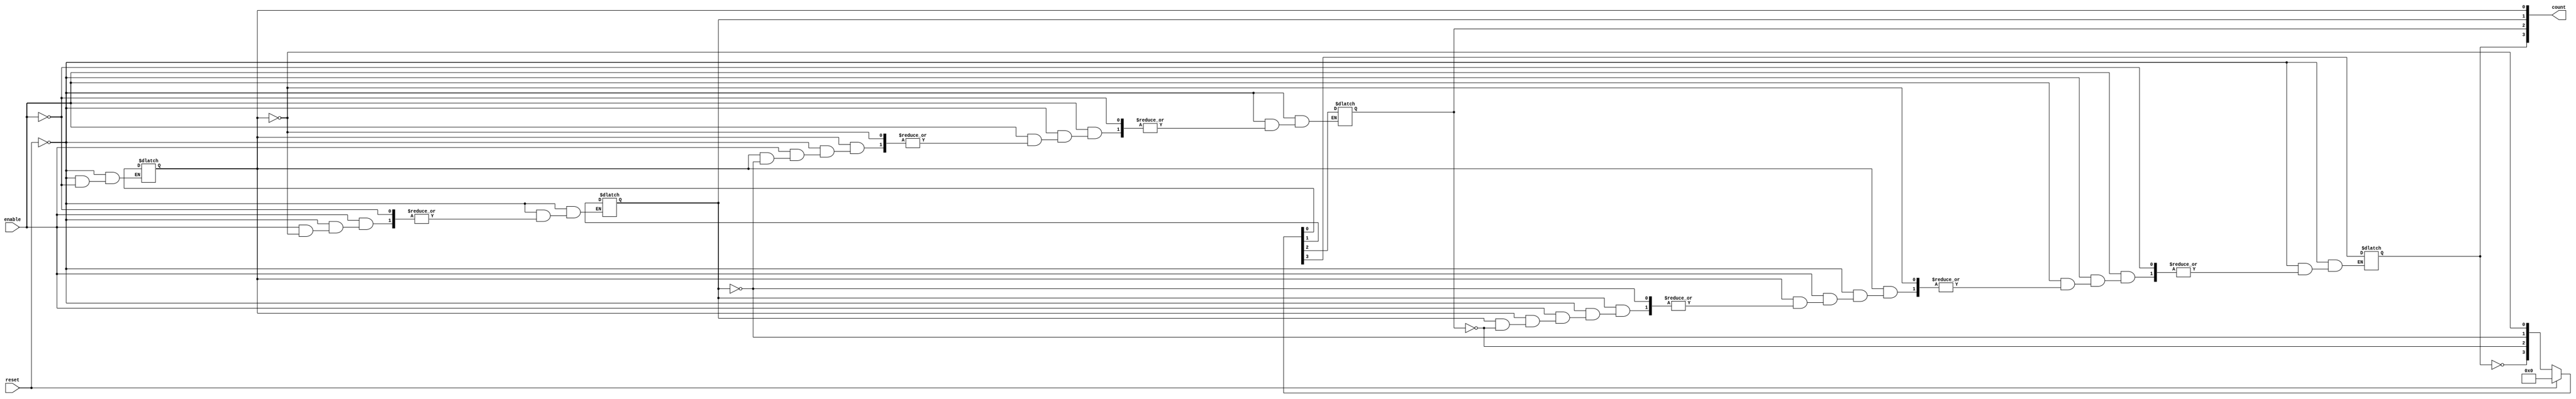
module dynamic_asynchronous_counter (
    input wire enable,       // Enable signal for counting
    input wire reset,        // Asynchronous reset signal
    output reg [3:0] count   // 4-bit counter output
);

// Asynchronous reset and counting logic
always @(*) begin
    if (reset) begin
        count = 4'b0000; // Reset count to 0
    end else if (enable) begin
        // Counter logic to increment the count
        count[0] = ~count[0]; // Toggle LSB on enable
        if (count[0] == 1'b0) begin
            count[1] = ~count[1]; // Toggle the next bit if LSB transitioned from high to low
            if (count[1] == 1'b0) begin
                count[2] = ~count[2]; // Continue toggling bits based on previous transitions
                if (count[2] == 1'b0) begin
                    count[3] = ~count[3]; // Toggle MSB if all lower bits are 0
                end
            end
        end
    end
end

endmodule